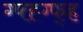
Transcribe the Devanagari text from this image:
ग्फ्ह्ग्फ्ह